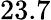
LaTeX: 23.7